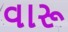
વારૂ